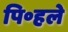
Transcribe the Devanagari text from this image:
पि॰हले